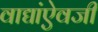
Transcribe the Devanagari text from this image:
वाद्यांऐवजी